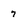
Character: 7